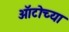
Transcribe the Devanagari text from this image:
ऑटोच्या